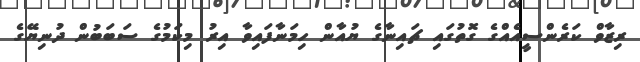
ރިޒާވް ކަރެންސީއެއްގެ ގޮތުގައި ޗައިނާގެ ޔުއާން ހިމަނާފައިވާ އިރު މިކަމުގެ ސަބަބުން ދުނިޔޭގެ